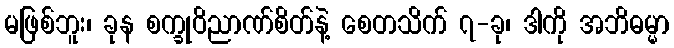
မဖြစ်ဘူး၊ ခုန စက္ခုဝိညာဏ်စိတ်နဲ့ စေတသိက် ၇-ခု၊ ဒါကို အဘိဓမ္မာ